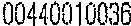
00440010036